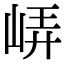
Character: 𡷟